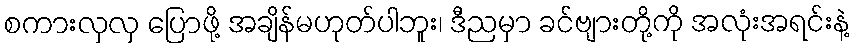
စကားလှလှ ပြောဖို့ အချိန်မဟုတ်ပါဘူး၊ ဒီညမှာ ခင်ဗျားတို့ကို အလုံးအရင်းနဲ့